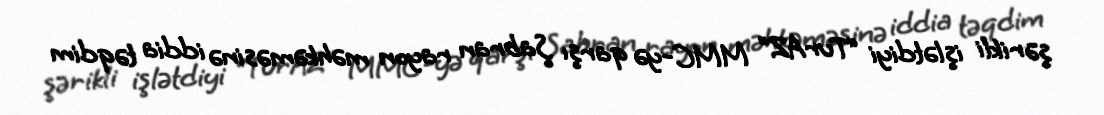
şərikli işlətdiyi “TurAZ” MMC-yə qarşı Şabran rayon məhkəməsinə iddia təqdim